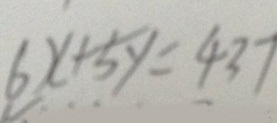
6 x + 5 y = 4 3 7